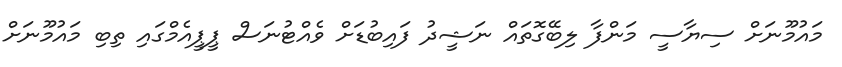
މައުމޫނަށް ސިޔާސީ މަންފާ ލިބޭގޮތައް ނަޝީދު ފައިބުޑަށް ވެއްޓުނަސް ޕީޕީއެމްގައި ތިބި މައުމޫނަށް